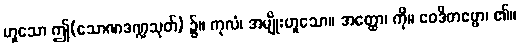
ဟူသော ဤ(သောဏဒဏ္ဍသုတ်) ၌။ ကုလံ၊ အမျိုးဟူသော။ အတ္ထော၊ ကို။ ဝေဒိတဗ္ဗော၊ ၏။